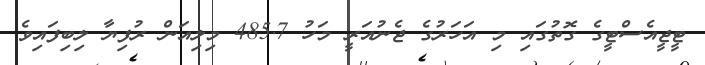
ޓީޖީއެސްޓީގެ ގޮތުގައި މި އަހަރުގެ ޖެނުއަރީ މަހު 485.7 މިލިއަން ރުފިޔާ ލިބިފައިވެ